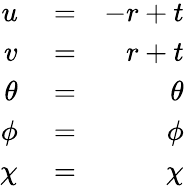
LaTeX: \begin{array}{rlr}{u}&{{}=}&{-r+t}\\ {v}&{{}=}&{r+t}\\ {{\theta}}&{{}=}&{{\theta}}\\ {{\phi}}&{{}=}&{{\phi}}\\ {{\chi}}&{{}=}&{{\chi}}\end{array}